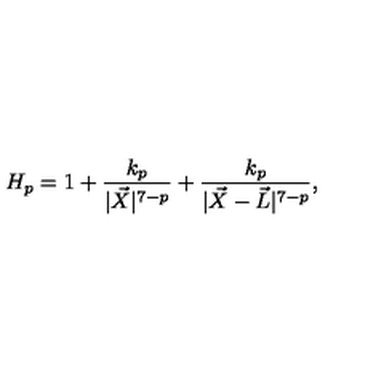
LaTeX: H _ { p } = 1 + \frac { k _ { p } } { | \vec { X } | ^ { 7 - p } } + \frac { k _ { p } } { | \vec { X } - \vec { L } | ^ { 7 - p } } ,